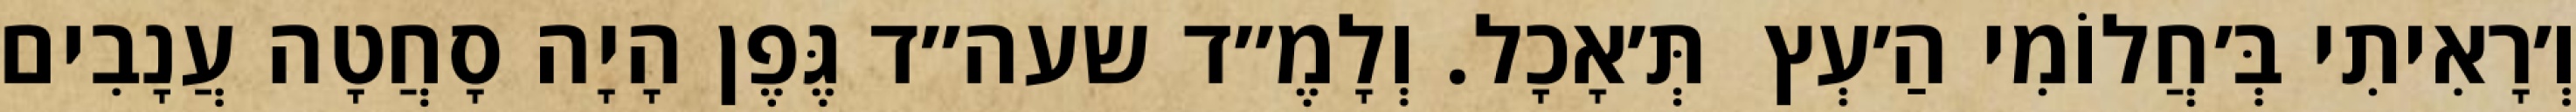
וְ׳רָאִיתִי בְּ׳חֲלוֹמִי הַ׳עְץ  תְּ׳אָכָל. וְלָמֶ״ד שעה״ד גֶּפֶן הָיָה סָחֲטָה עֲנָבִים